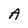
Character: A